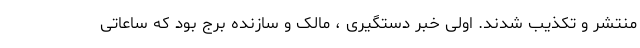
منتشر و تکذیب شدند. اولی خبر دستگیری ، مالک و سازنده برج بود که ساعاتی